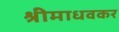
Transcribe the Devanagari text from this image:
श्रीमाधवकर